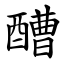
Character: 醩